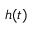
h ( t )